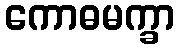
ကောဓမက္ခာ